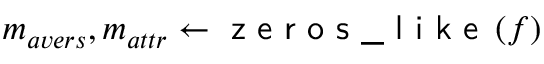
m _ { a v e r s } , m _ { a t t r } \gets \textsf { z e r o s \_ l i k e } \left( f \right)